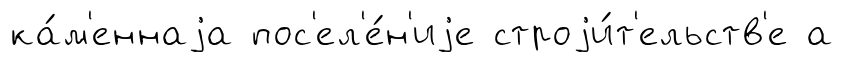
ка́м'еннаjа пос'ел'е́н'иjе строjи́т'ельств'е а